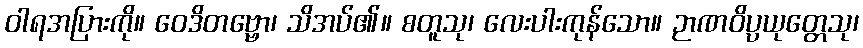
ဝါရအပြားကို။ ဝေဒိတဗ္ဗော၊ သိအပ်၏။ စတူသု၊ လေးပါးကုန်သော။ ဉာဏဝိပ္ပယုတ္တေသု၊